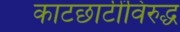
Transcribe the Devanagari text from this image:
काटछाटींविरुद्ध